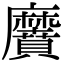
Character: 黂